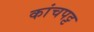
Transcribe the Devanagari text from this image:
कांचपट्ट